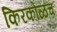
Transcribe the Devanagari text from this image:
किरकोळच